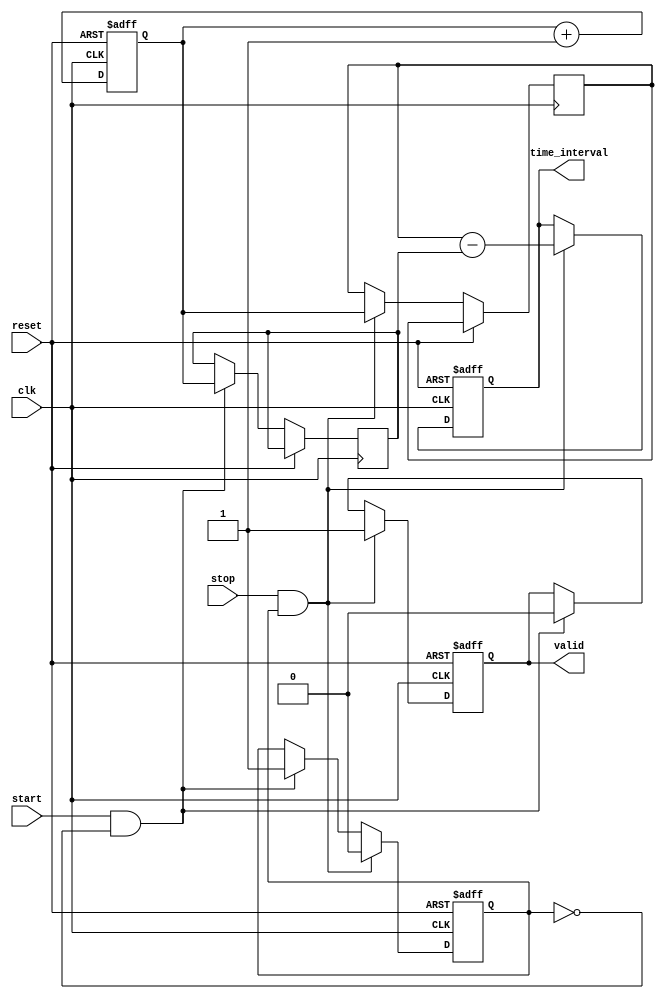
module single_shot_tdc (
    input wire clk,        // High-frequency clock
    input wire reset,      // Reset signal
    input wire start,      // Start event signal
    input wire stop,       // Stop event signal
    output reg [31:0] time_interval, // Output time interval in clock cycles
    output reg valid       // Output valid signal indicating valid time_interval
);

    // Memory array to store timestamps
    reg [31:0] memory [0:1]; // 0: Start time, 1: Stop time
    reg [31:0] counter;       // Clock cycle counter
    reg capturing;            // State to indicate if capturing is in progress

    // Initialize state
    initial begin
        counter = 0;
        capturing = 0;
        valid = 0;
        time_interval = 0;
    end

    // Main TDC logic
    always @(posedge clk or posedge reset) begin
        if (reset) begin
            counter <= 0;
            capturing <= 0;
            valid <= 0;
            time_interval <= 0;
        end else begin
            // Increment counter on every clock cycle
            counter <= counter + 1;

            // Start event detection
            if (start && !capturing) begin
                memory[0] <= counter; // Store start timestamp
                capturing <= 1;       // Begin capturing
                valid <= 0;          // Reset valid signal
            end

            // Stop event detection
            if (stop && capturing) begin
                memory[1] <= counter; // Store stop timestamp
                time_interval <= memory[1] - memory[0]; // Calculate time interval
                valid <= 1;          // Indicate valid output
                capturing <= 0;      // End capturing
            end
        end
    end

endmodule